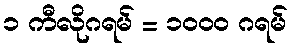
၁ ကီလိုဂရမ် = ၁၀၀၀ ဂရမ်